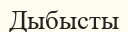
Дыбысты